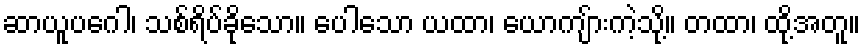
ဆာယူပဂေါ၊ သစ်ရိပ်ခိုသော။ ပေါသော ယထာ၊ ယောကျ်ားကဲ့သို့။ တထာ၊ ထို့အတူ။